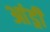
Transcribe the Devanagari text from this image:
आंड्री